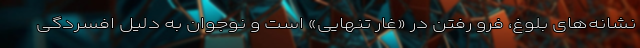
نشانه‌های بلوغ، فرو رفتن در «غار تنهایی» است و نوجوان به دلیل افسردگی